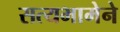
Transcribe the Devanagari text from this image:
सत्यभामेने